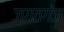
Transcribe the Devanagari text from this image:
जगतगंज